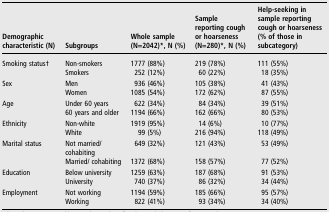
| Demographic characteristic (N) | Subgroups | Whole sample (N=2042)*, N (%) | Sample reporting cough or hoarseness (N=280)*, N (%) | Help-seeking in sample reporting cough or hoarseness (% of those in subcategory) |
 | --- | --- | --- | --- | --- |
 | <ROWSPAN=2> Smoking status† | Non-smokers | 1777 (88%) | 219 (78%) | 111 (55%) |
 | Smokers | 252 (12%) | 60 (22%) | 18 (35%) |
 | <ROWSPAN=2> Sex | Men | 936 (46%) | 105 (38%) | 41 (43%) |
 | Women | 1085 (54%) | 172 (62%) | 87 (55%) |
 | <ROWSPAN=2> Age | Under 60 years | 622 (34%) | 84 (34%) | 39 (51%) |
 | 60 years and older | 1194 (66%) | 162 (66%) | 80 (53%) |
 | <ROWSPAN=2> Ethnicity | Non-white | 1919 (95%) | 14 (6%) | 10 (77%) |
 | White | 99 (5%) | 216 (94%) | 118 (49%) |
 | <ROWSPAN=2> Marital status | Not married/cohabiting | 649 (32%) | 121 (43%) | 53 (49%) |
 | Married/ cohabiting | 1372 (68%) | 158 (57%) | 77 (52%) |
 | <ROWSPAN=2> Education | Below university | 1259 (63%) | 187 (68%) | 91 (53%) |
 | University | 740 (37%) | 86 (32%) | 34 (44%) |
 | <ROWSPAN=2> Employment | Not working | 1194 (59%) | 185 (66%) | 95 (57%) |
 | Working | 822 (41%) | 93 (34%) | 34 (40%) |